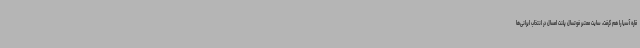
قاره آسیا را هم گرفت، سایت معتبر فوتسال پلنت امسال در انتخاب ایرانی‌ها